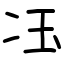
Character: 鿑